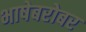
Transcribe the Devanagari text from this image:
भाषेबरोबर